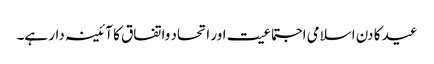
عید کا دن اسلامی اجتماعیت اور اتحاد واتفاق کا آئینہ دار ہے۔